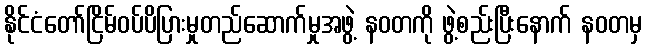
နိုင်ငံတော်ငြိမ်ဝပ်ပိပြားမှုတည်ဆောက်မှုအဖွဲ့ နဝတကို ဖွဲ့စည်းပြီးနောက် နဝတမှ